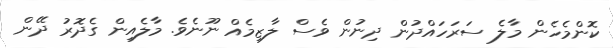
ކޮންމެހެން މާލެ ސަރަހައްދުން ދިނުން ވެސް ލާޒިމެއް ނޫނެވެ. މާލެއިން ގެދޮރު ދޭން